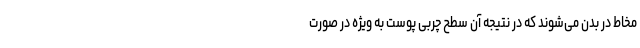
مخاط در بدن می‌شوند که در نتیجه آن سطح چربی پوست به ویژه در صورت